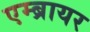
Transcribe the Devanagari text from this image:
एम्ब्रायर